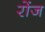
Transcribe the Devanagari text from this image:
रोंज